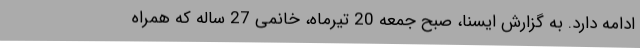
ادامه دارد. به گزارش ایسنا، صبح جمعه 20 تیرماه، خانمی 27 ساله که همراه